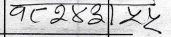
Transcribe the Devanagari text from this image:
वत् 283 | ५५